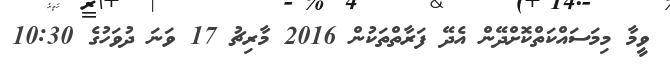
ވީމާ މިމަސައްކަތްކޮށްދޭން އެދޭ ފަރާތްތަކުން 2016 މާރިޗު 17 ވަނަ ދުވަހުގެ 10:30